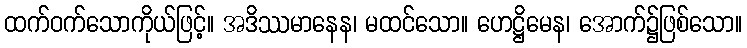
ထက်ဝက်သောကိုယ်ဖြင့်။ အဒိဿမာနေန၊ မထင်သော။ ဟေဋ္ဌိမေန၊ အောက်၌ဖြစ်သော။